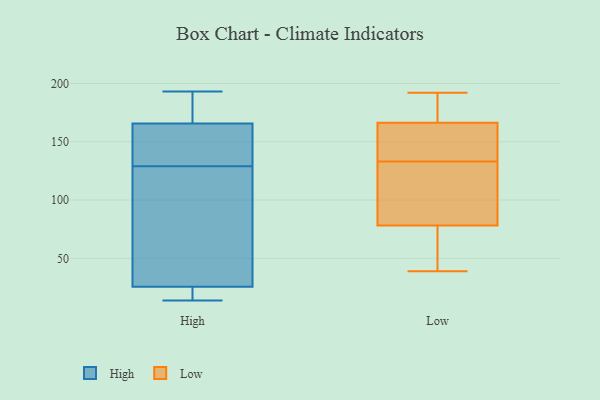
{"axis": {"x": "Market Share (%)", "y": "Value"}, "legend": ["High", "Low"], "data": [{"x": "", "y": 38, "type": "High"}, {"x": "", "y": 22, "type": "High"}, {"x": "", "y": 170, "type": "High"}, {"x": "", "y": 17, "type": "High"}, {"x": "", "y": 153, "type": "High"}, {"x": "", "y": 129, "type": "High"}, {"x": "", "y": 109, "type": "High"}, {"x": "", "y": 193, "type": "High"}, {"x": "", "y": 37, "type": "High"}, {"x": "", "y": 133, "type": "High"}, {"x": "", "y": 179, "type": "High"}, {"x": "", "y": 18, "type": "High"}, {"x": "", "y": 153, "type": "High"}, {"x": "", "y": 176, "type": "High"}, {"x": "", "y": 14, "type": "High"}, {"x": "", "y": 54, "type": "Low"}, {"x": "", "y": 173, "type": "Low"}, {"x": "", "y": 89, "type": "Low"}, {"x": "", "y": 139, "type": "Low"}, {"x": "", "y": 111, "type": "Low"}, {"x": "", "y": 133, "type": "Low"}, {"x": "", "y": 39, "type": "Low"}, {"x": "", "y": 162, "type": "Low"}, {"x": "", "y": 164, "type": "Low"}, {"x": "", "y": 183, "type": "Low"}, {"x": "", "y": 55, "type": "Low"}, {"x": "", "y": 86, "type": "Low"}, {"x": "", "y": 192, "type": "Low"}]}